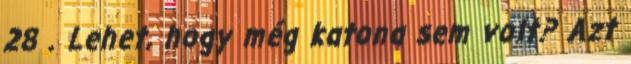
28 . Lehet, hogy még katona sem volt? Azt